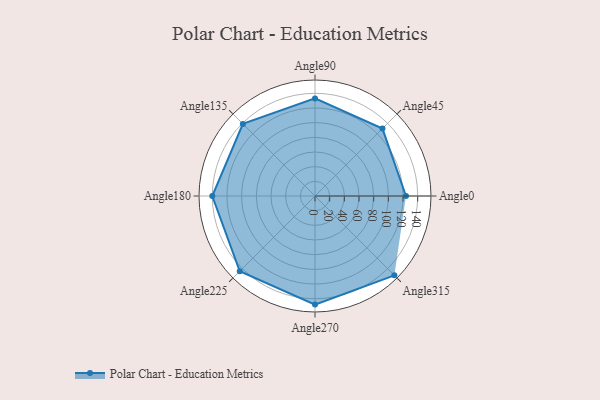
{"axis": {"x": "Angle", "y": "Radius"}, "legend": [""], "data": [{"x": "Angle0", "y": 124.0, "type": ""}, {"x": "Angle45", "y": 130.0, "type": ""}, {"x": "Angle90", "y": 133.0, "type": ""}, {"x": "Angle135", "y": 139.0, "type": ""}, {"x": "Angle180", "y": 140.0, "type": ""}, {"x": "Angle225", "y": 145.0, "type": ""}, {"x": "Angle270", "y": 148.0, "type": ""}, {"x": "Angle315", "y": 153.0, "type": ""}]}